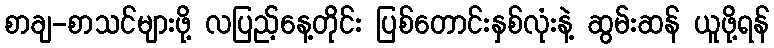
စာချ-စာသင်များဖို့ လပြည့်နေ့တိုင်း ပြစ်တောင်းနှစ်လုံးနဲ့ ဆွမ်းဆန် ယူဖို့ရန်